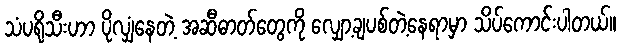
သံပရိုသီးဟာ ပိုလျှံနေတဲ့ အဆီဓာတ်တွေကို လျှော့ချပစ်တဲ့နေရာမှာ သိပ်ကောင်းပါတယ်။